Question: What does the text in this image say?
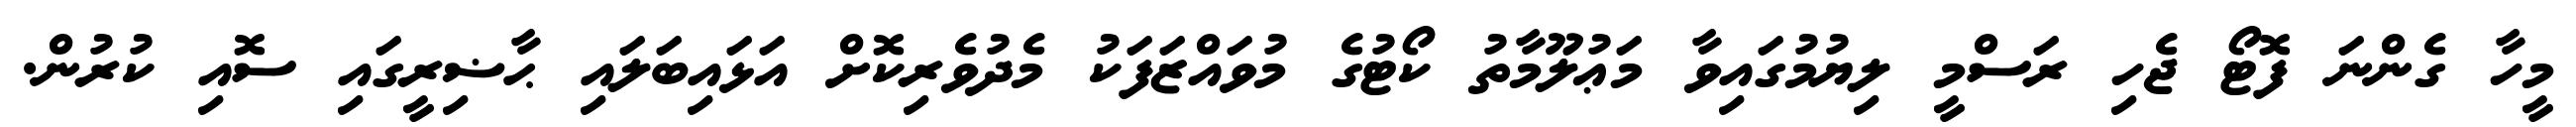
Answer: މީހާ ގެންނަ ފޮޓޯ ޖެހި ރަސްމީ ލިޔުމުގައިވާ މަޢުލޫމާތު ކޯޓުގެ މުވައްޒަފަކު މެދުވެރިކޮށް އަޅައިބަލައި ޙާޟިރީގައި ސޮއި ކުރުން.